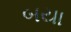
બયા